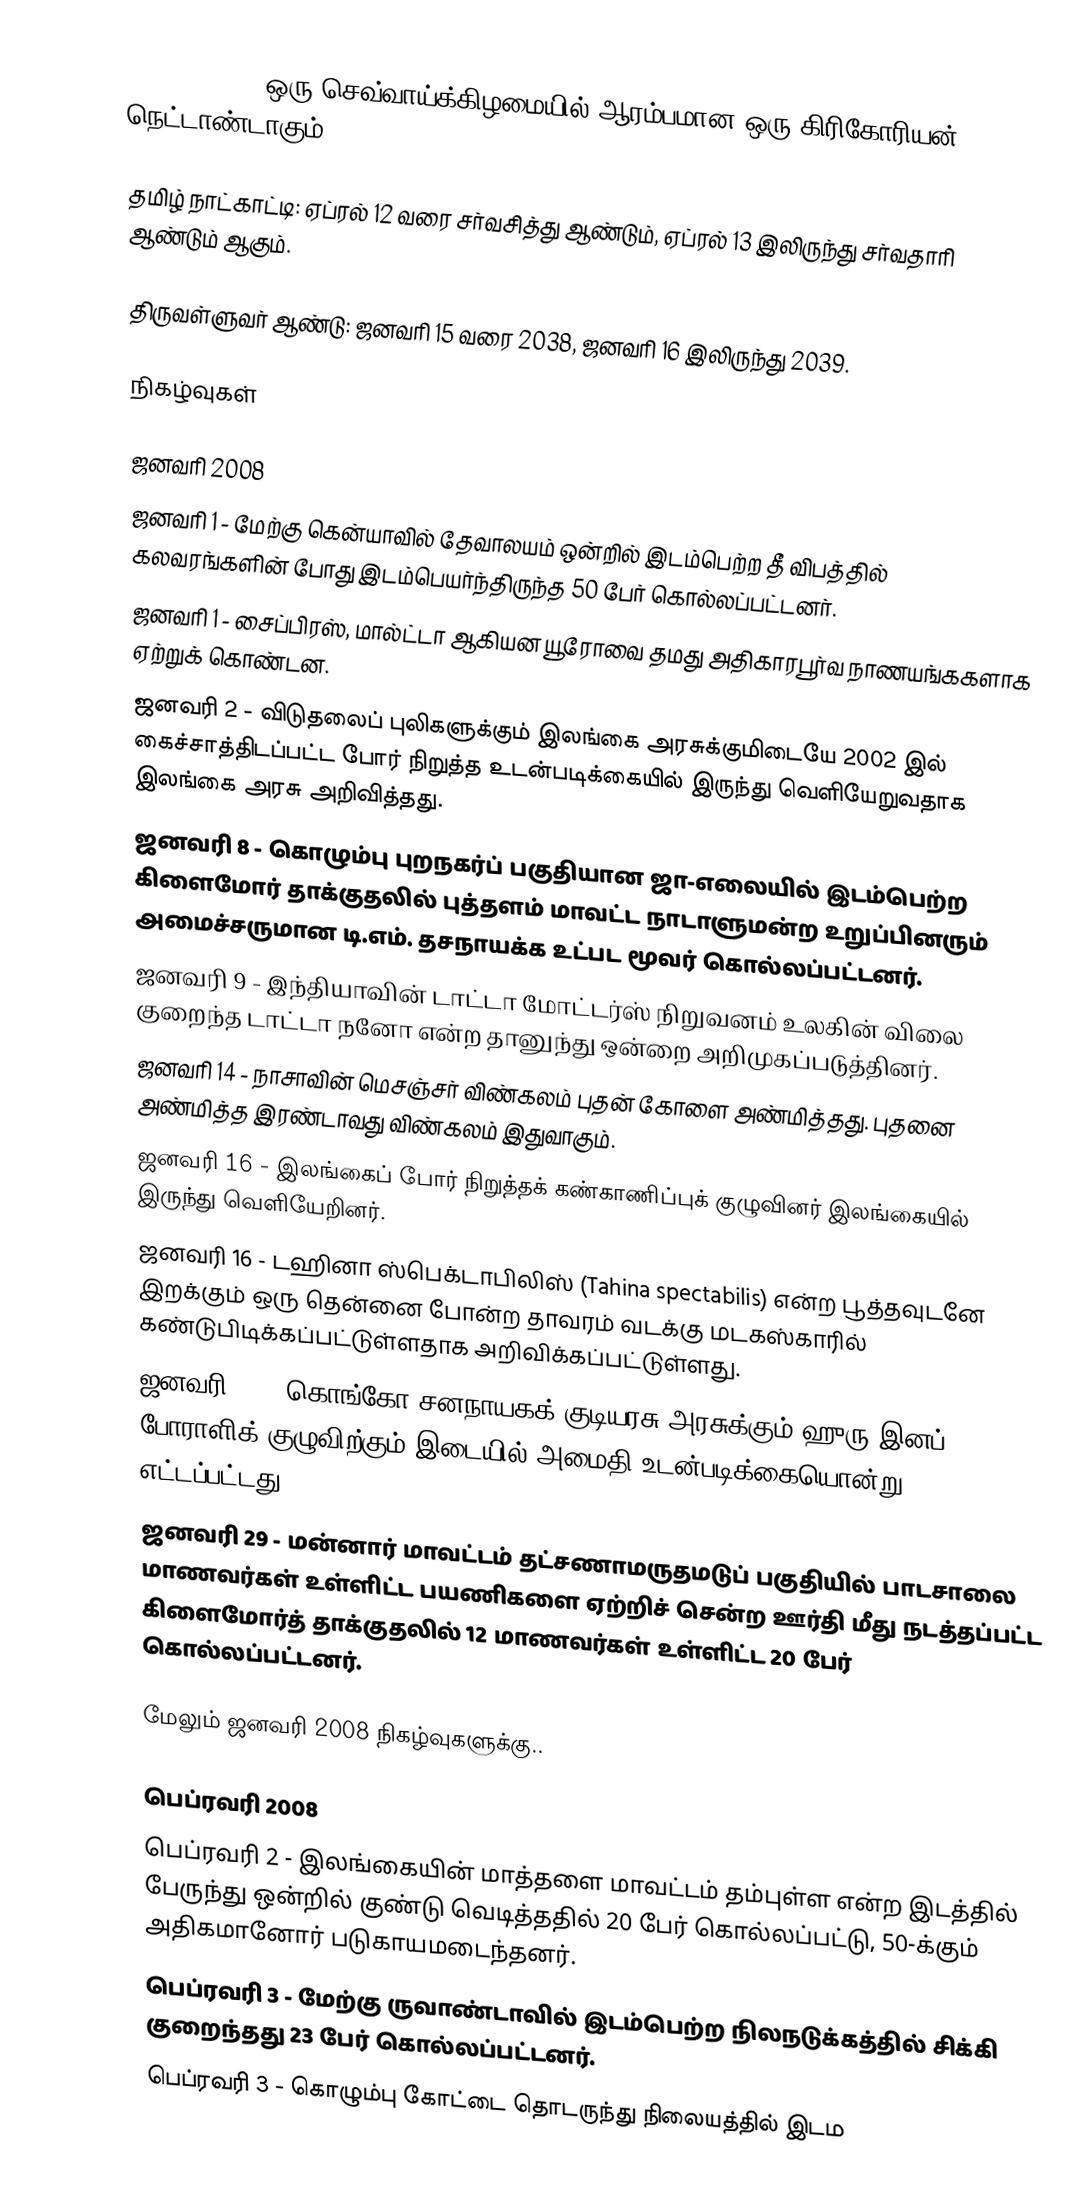
2008 (MMVIII) ஒரு செவ்வாய்க்கிழமையில் ஆரம்பமான ஒரு கிரிகோரியன் நெட்டாண்டாகும்.

தமிழ் நாட்காட்டி: ஏப்ரல் 12 வரை சர்வசித்து ஆண்டும், ஏப்ரல் 13 இலிருந்து சர்வதாரி ஆண்டும் ஆகும்.

திருவள்ளுவர் ஆண்டு: ஜனவரி 15 வரை 2038, ஜனவரி 16 இலிருந்து 2039.

நிகழ்வுகள்

ஜனவரி 2008
 ஜனவரி 1 - மேற்கு கென்யாவில் தேவாலயம் ஒன்றில் இடம்பெற்ற தீ விபத்தில் கலவரங்களின் போது இடம்பெயர்ந்திருந்த 50 பேர் கொல்லப்பட்டனர்.
 ஜனவரி 1 - சைப்பிரஸ், மால்ட்டா ஆகியன யூரோவை தமது அதிகாரபூர்வ நாணயங்ககளாக ஏற்றுக் கொண்டன.
 ஜனவரி 2 - விடுதலைப் புலிகளுக்கும் இலங்கை அரசுக்குமிடையே 2002 இல் கைச்சாத்திடப்பட்ட போர் நிறுத்த உடன்படிக்கையில் இருந்து வெளியேறுவதாக இலங்கை அரசு அறிவித்தது.
 ஜனவரி 8 - கொழும்பு புறநகர்ப் பகுதியான ஜா-எலையில் இடம்பெற்ற கிளைமோர் தாக்குதலில் புத்தளம் மாவட்ட நாடாளுமன்ற உறுப்பினரும் அமைச்சருமான டி.எம். தசநாயக்க உட்பட மூவர் கொல்லப்பட்டனர்.
 ஜனவரி 9 - இந்தியாவின் டாட்டா மோட்டர்ஸ் நிறுவனம் உலகின் விலை குறைந்த டாட்டா நனோ என்ற தானுந்து ஒன்றை அறிமுகப்படுத்தினர்.
 ஜனவரி 14 - நாசாவின் மெசஞ்சர் விண்கலம் புதன் கோளை அண்மித்தது. புதனை அண்மித்த இரண்டாவது விண்கலம் இதுவாகும்.
 ஜனவரி 16 - இலங்கைப் போர் நிறுத்தக் கண்காணிப்புக் குழுவினர் இலங்கையில் இருந்து வெளியேறினர்.
 ஜனவரி 16 - டஹினா ஸ்பெக்டாபிலிஸ் (Tahina spectabilis) என்ற பூத்தவுடனே இறக்கும் ஒரு தென்னை போன்ற தாவரம் வடக்கு மடகஸ்காரில் கண்டுபிடிக்கப்பட்டுள்ளதாக அறிவிக்கப்பட்டுள்ளது.
 ஜனவரி 23 - கொங்கோ சனநாயகக் குடியரசு அரசுக்கும் ஹுரு இனப் போராளிக் குழுவிற்கும் இடையில் அமைதி உடன்படிக்கையொன்று எட்டப்பட்டது.
 ஜனவரி 29 - மன்னார் மாவட்டம் தட்சணாமருதமடுப் பகுதியில் பாடசாலை மாணவர்கள் உள்ளிட்ட பயணிகளை ஏற்றிச் சென்ற ஊர்தி மீது நடத்தப்பட்ட கிளைமோர்த் தாக்குதலில் 12 மாணவர்கள் உள்ளிட்ட 20 பேர் கொல்லப்பட்டனர்.

மேலும் ஜனவரி 2008 நிகழ்வுகளுக்கு..

பெப்ரவரி 2008
 பெப்ரவரி 2 - இலங்கையின் மாத்தளை மாவட்டம் தம்புள்ள என்ற இடத்தில் பேருந்து ஒன்றில் குண்டு வெடித்ததில் 20 பேர் கொல்லப்பட்டு, 50-க்கும் அதிகமானோர் படுகாயமடைந்தனர்.
 பெப்ரவரி 3 - மேற்கு ருவாண்டாவில் இடம்பெற்ற நிலநடுக்கத்தில் சிக்கி குறைந்தது 23 பேர் கொல்லப்பட்டனர்.
 பெப்ரவரி 3 - கொழும்பு கோட்டை தொடருந்து நிலையத்தில் இடம